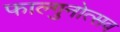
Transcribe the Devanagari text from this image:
फाल्गुनोत्सव